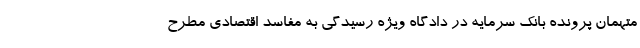
متهمان پرونده بانک سرمایه در دادگاه ویژه رسیدگی به مفاسد اقتصادی مطرح